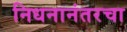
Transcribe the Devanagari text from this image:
निधनानंतरचा